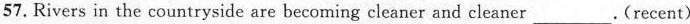
57.Rivers in the countryside are becoming cleaner and cleaner___.(recent)